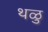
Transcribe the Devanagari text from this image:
थळु